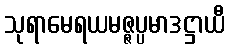
သုရာမေရယမဇ္ဇပ္ပမာဒဋ္ဌာယီ